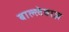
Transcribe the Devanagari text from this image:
बाल्लेबाज़